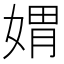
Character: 媦